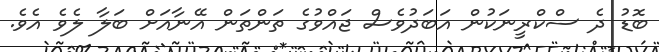
ބޮޑު ދެ ސްކްރީނަކުން އަބަދުވެސް ޖައްވުގެ ތަންތަން އޭނާއަށް ބަލާ ލެވެ އެވެ.